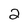
Character: 2